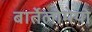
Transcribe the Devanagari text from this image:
बार्तेलोमेयो